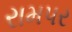
રામપર